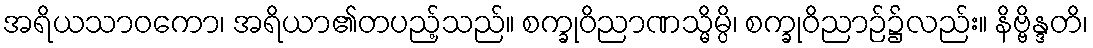
အရိယသာဝကော၊ အရိယာ၏တပည့်သည်။ စက္ခုဝိညာဏသ္မိမ္ပိ၊ စက္ခုဝိညာဉ်၌လည်း။ နိဗ္ဗိန္ဒတိ၊